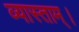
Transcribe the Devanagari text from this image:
व्यास्ताम्।